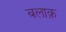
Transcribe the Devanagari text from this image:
बलाक़